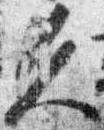
久